Account of plague administration in the Bombay Presidency from September 1896 till May 1897
Year: 1896
Disease focus: Plague
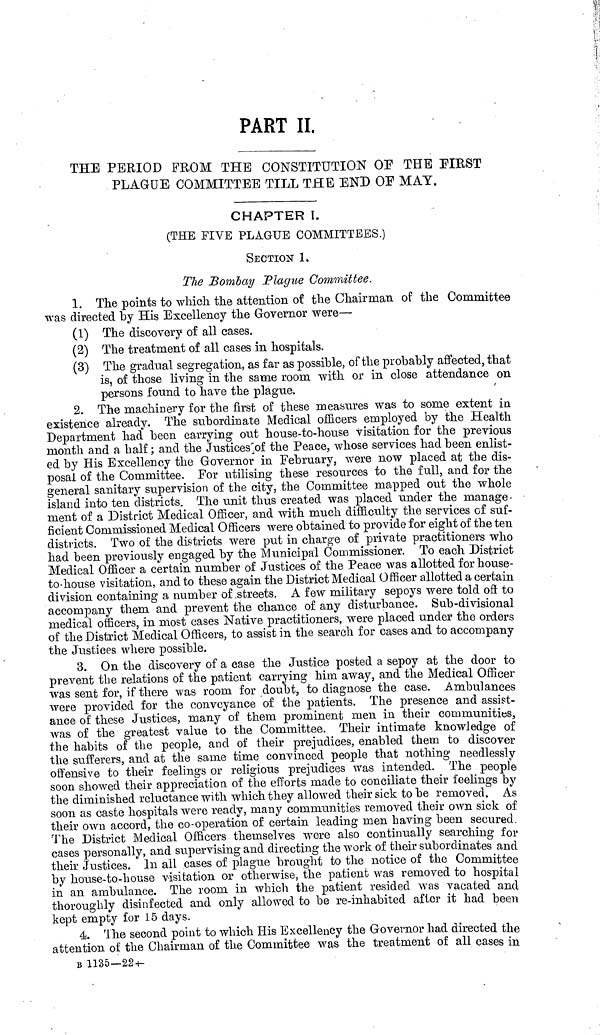
PART II.
THE PERIOD PROM THE CONSTITUTION OF THE FIRST
PLAGUE COMMITTEE TILL THE END OF MAY.
CHAPTER I.
(THE FIVE PLAGUE COMMITTEES.)
SECTION 1,
The Bombay Plague Committee.
1. The points to which the attention of the Chairman of the Committee
was directed by His Excellency the Governor were—
(1) The discovery of all cases.
(2) The treatment of all cases in hospitals.
(3) The gradual segregation, as far as possible, of the probably affected, that
is, of those living in the same room with or in close attendance on
persons found to have the plague.
2. The machinery for the first of these measures was to some extent in
existence already. The subordinate Medical officers employed by the Health
Department had been carrying out house-to-house visitation for the previous
month and a half ; and the Justices of the Peace, whose services had been enlist-
ed by His Excellency the Governor in February, were now placed at the dis-
posal of the Committee. For utilising these resources to the full, and for the
general sanitary supervision of the city, the Committee mapped out the whole
island into ten districts. The unit thus created was placed under the manage-
ment of a District Medical Officer, and with much difficulty the services of suf-
ficient Commissioned Medical Officers were obtained to provide for eight of the ten
districts. Two of the districts were put in charge of private practitioners who
had been previously engaged by the Municipal Commissioner. To each District
Medical Officer a certain number of Justices of the Peace was allotted for house-
to-house visitation, and to these again the District Medical Officer allotted a certain
division containing a number of streets. A few military sepoys were told off to
accompany them and prevent the chance of any disturbance. Sub-divisional
medical officers, in most cases Native practitioners, were placed under the orders
of the District Medical Officers, to assist in the search for cases and to accompany
the Justices where possible.
3. On the discovery of a case the Justice posted a sepoy at the door to
prevent the relations of the patient carrying him away, and the Medical Officer
was sent for, if there was room for doubt, to diagnose the case. Ambulances
were provided for the conveyance of the patients. The presence and assist-
ance of these Justices, many of them prominent men in their communities,
was of the greatest value to the Committee. Their intimate knowledge of
the habits of the people, and of their prejudices, enabled them to discover
the sufferers, and at the same time convinced people that nothing needlessly
offensive to their feelings or religious prejudices was intended. The people
soon showed their appreciation of the efforts made to conciliate their feelings by
the diminished reluctance with which they allowed their sick to be removed. As
soon as caste hospitals were ready, many communities removed their own sick of
their own accord, the co-operation of certain leading men having been secured.
The District Medical Officers themselves were also continually searching for
cases personally, and supervising and directing the work of their subordinates and
their Justices. In all cases of plague brought to the notice of the Committee
by house-to-house visitation or otherwise, the patient was removed to hospital
in an ambulance. The room in which the patient resided was vacated and
thoroughly disinfected and only allowed to be re-inhabited after it had been
kept empty for 15 days.
4. The second point to which His Excellency the Governor had directed the
attention of the Chairman of the Committee was the treatment of all cases in
B 1135—22—